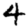
Digit: 4